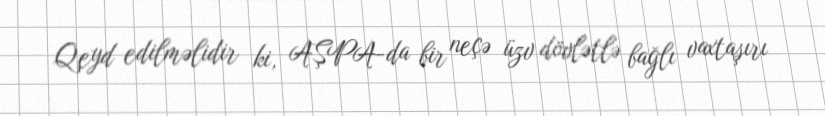
Qeyd edilməlidir ki, AŞPA-da bir neçə üzv dövlətlə bağlı vaxtaşırı